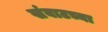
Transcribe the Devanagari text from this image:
खंबाटच्या